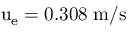
\mathrm { u _ { e } = 0 . 3 0 8 \; m / s }